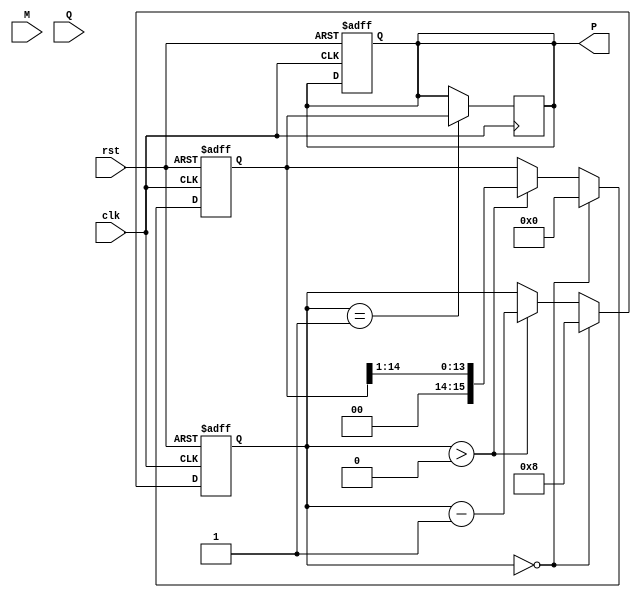
module ModifiedBoothMultiplier #(parameter WIDTH = 8) (
    input  wire signed [WIDTH-1:0] M,       // Multiplicand
    input  wire signed [WIDTH-1:0] Q,       // Multiplier
    input  wire clk,                         // Clock signal
    input  wire rst,                         // Reset signal
    output reg signed [2*WIDTH-1:0] P       // Product
);

    reg signed [WIDTH-1:0] M_reg;           // Register to hold multiplicand
    reg signed [WIDTH-1:0] Q_reg;           // Register to hold multiplier
    reg signed [2*WIDTH-1:0] A;             // Accumulator
    reg [WIDTH:0] count;                    // Count for number of iterations
    reg Q_minus_1;                          // Previous bit for Booth's algorithm

    // Initialization
    always @(posedge clk or posedge rst) begin
        if (rst) begin
            P <= 0;
            A <= 0;
            M_reg <= 0;
            Q_reg <= 0;
            count <= 0;
            Q_minus_1 <= 0;
        end else begin
            if (count == 0) begin
                // Start of multiplication
                M_reg <= M;
                Q_reg <= Q;
                A <= 0;
                Q_minus_1 <= 0;
                count <= WIDTH; // Number of bits in Q
            end else if (count > 0) begin
                case ({Q_reg[0], Q_minus_1})
                    2'b00: begin
                        // No operation
                    end
                    2'b01: begin
                        // Add M to A
                        A <= A + {M_reg, {WIDTH{1'b0}}}; // Shift M left
                    end
                    2'b10: begin
                        // Subtract M from A
                        A <= A - {M_reg, {WIDTH{1'b0}}}; // Shift M left
                    end
                    2'b11: begin
                        // No operation
                    end
                endcase

                // Shift A and Q to the right
                {A, Q_reg} <= {A[2*WIDTH-2:0], Q_reg[WIDTH-1:1]}; // Shift right
                Q_minus_1 <= Q_reg[0]; // Update previous Q bit
                count <= count - 1; // Decrease count
            end
        end
    end

    // Assign final product after all iterations
    always @(posedge clk) begin
        if (count == 1) begin
            P <= A; // Assign accumulator to product
        end
    end

endmodule